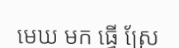
មេឃ មក ធ្វើ ស្រែ